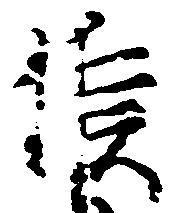
候